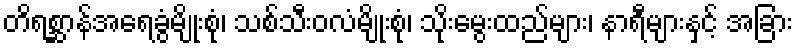
တိရစ္ဆာန်အရေခွံမျိုးစုံ၊ သစ်သီးဝလံမျိုးစုံ၊ သိုးမွေးထည်များ၊ နာရီများနှင့် အခြား